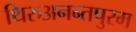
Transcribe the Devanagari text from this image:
थिरुअनन्तपुरम